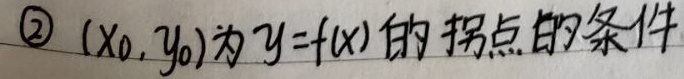
\textcircled{2} \((x_0,y_0)\)为\(y = f(x)\)的拐点的条件